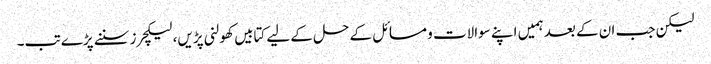
لیکن جب ان کے بعد ہمیں اپنے سوالات و مسائل کے حل کے لیے کتابیں کھولنی پڑیں، لیکچرز سننے پڑے تب۔